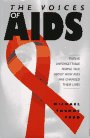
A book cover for The Voices of AIDS; Michael Thomas Ford; Teen & Young Adult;